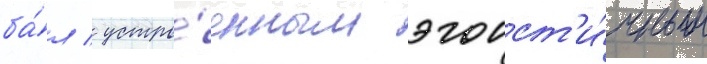
ба́л / устро́енным эгоист'и́чным